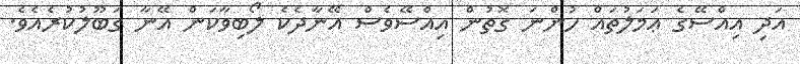
އަދި އިއްސޭގެ ޢަމަލުތައް ހުންނަ ގޮތުން އިއްސޭވެސް އޭނާދެކެ ލޯބިވާކަން އޭނާ ގަބޫލުކުރެއެވެ.